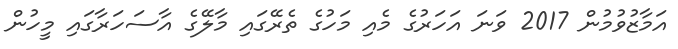
އަމާޒުވުމުން 2017 ވަނަ އަހަރުގެ މެއި މަހުގެ ތެރޭގައި މާލޭގެ އާސަހަރާގައި މީހުން